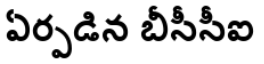
ఏర్పడిన బీసీసీఐ